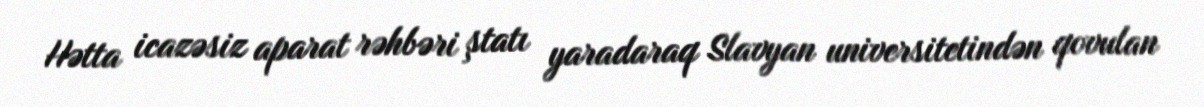
Hətta icazəsiz aparat rəhbəri ştatı yaradaraq Slavyan universitetindən qovulan